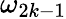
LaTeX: \omega_{2k-1}